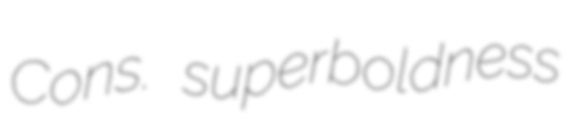
Cons. superboldness